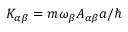
K _ { \alpha \beta } = m \omega _ { \beta } A _ { \alpha \beta } a / \hbar